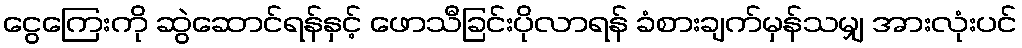
ငွေကြေးကို ဆွဲဆောင်ရန်နှင့် ဖောသီခြင်းပိုလာရန် ခံစားချက်မှန်သမျှ အားလုံးပင်